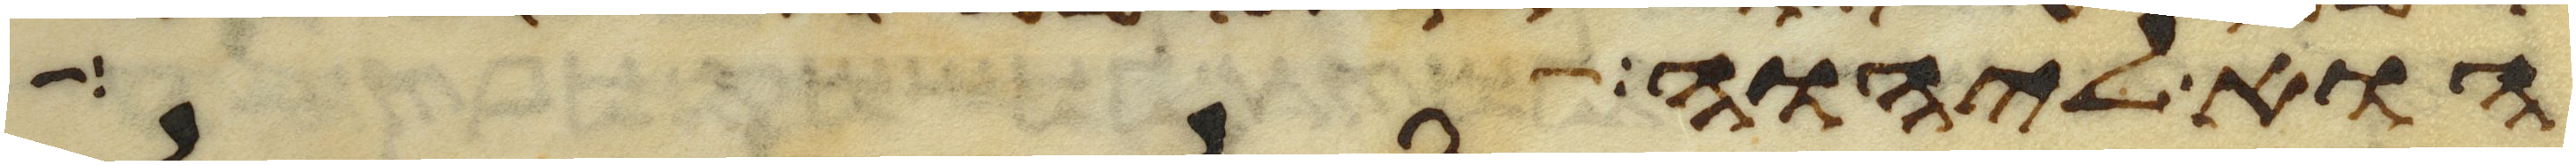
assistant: הוא ליהוה אשר